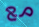
مع